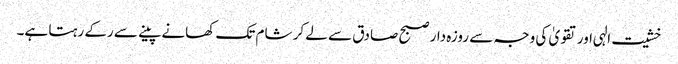
خشیت الہی اور تقویٰ کی وجہ سے روزہ دار صبح صادق سے لے کر شام تک کھانے پینے سے رکے رہتا ہے۔